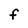
Character: F